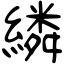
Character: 繗